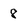
Character: 8